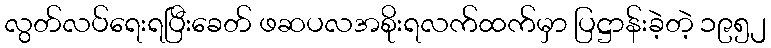
လွတ်လပ်ရေးရပြီးခေတ် ဖဆပလအစိုးရလက်ထက်မှာ ပြဋ္ဌာန်းခဲ့တဲ့ ၁၉၅၂